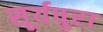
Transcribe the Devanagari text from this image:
सूर्यपुरा